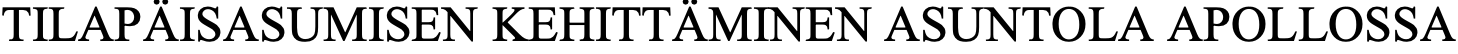
TILAPÄISASUMISEN KEHITTÄMINEN ASUNTOLA APOLLOSSA